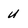
Character: u